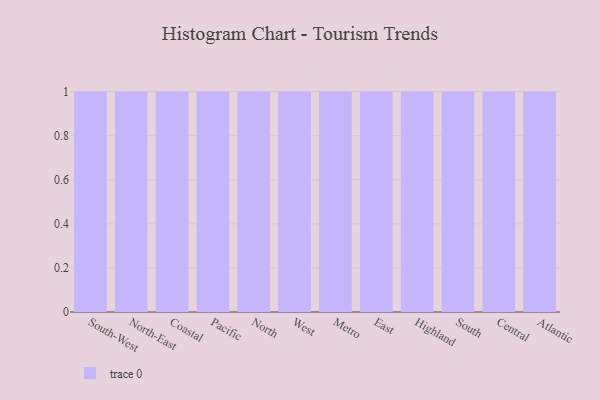
{"axis": {"x": "Region", "y": "Churn Rate (%)"}, "legend": [""], "data": [{"x": "South-West", "y": 82, "type": ""}, {"x": "North-East", "y": 90, "type": ""}, {"x": "Coastal", "y": 66, "type": ""}, {"x": "Pacific", "y": 88, "type": ""}, {"x": "North", "y": 13, "type": ""}, {"x": "West", "y": 63, "type": ""}, {"x": "Metro", "y": 43, "type": ""}, {"x": "East", "y": 26, "type": ""}, {"x": "Highland", "y": 38, "type": ""}, {"x": "South", "y": 7, "type": ""}, {"x": "Central", "y": 57, "type": ""}, {"x": "Atlantic", "y": 42, "type": ""}]}